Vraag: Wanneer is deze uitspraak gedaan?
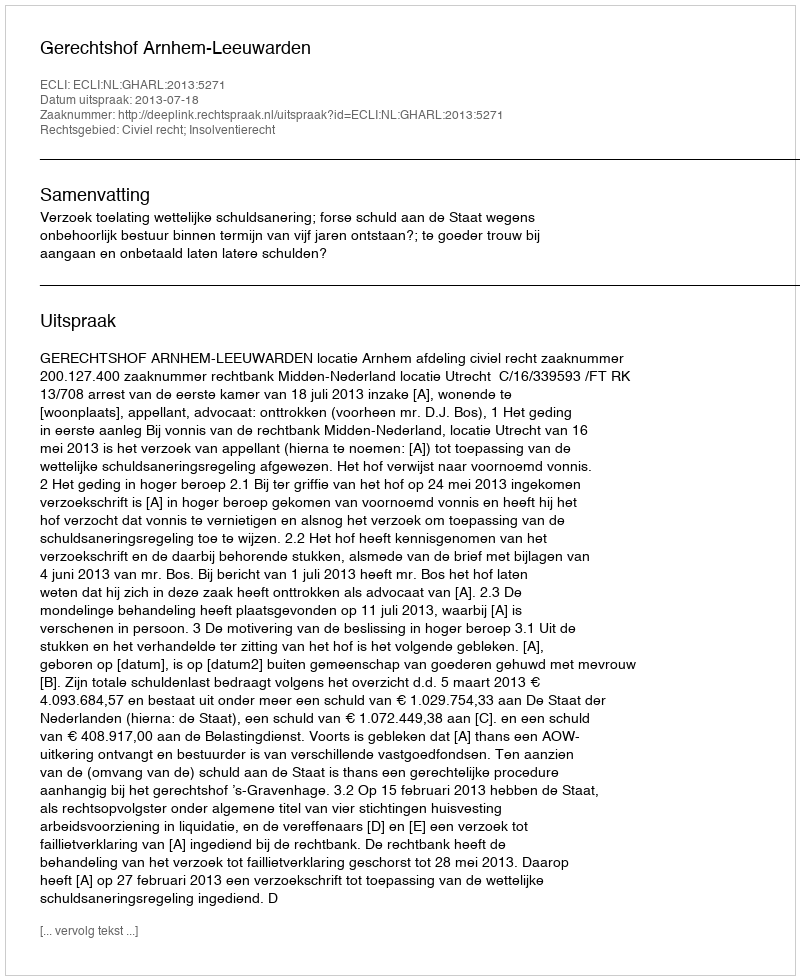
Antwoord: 2013-07-18